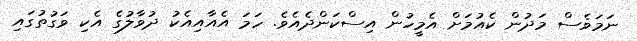
ނަމަވެސް މަދުން ކެއުމަށް އެމީހުން އިސްކަންދެއެވެ. ހަމަ އެއާއިއެކު ދުވާލުގެ އެކި ވަގުތުގައި